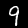
Label: 9